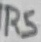
Text: R5